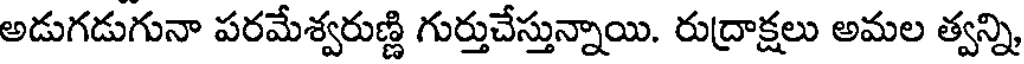
అడుగడుగునా పరమేశ్వరుణ్ణి గుర్తుచేస్తున్నాయి. రుద్రాక్షలు అమల త్వన్ని,